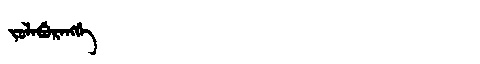
Manchu: ᠵᠣᠯᠠᠪᡠᡵᠠᠩᡤᡝ
Romanization: JOLABURANGGE